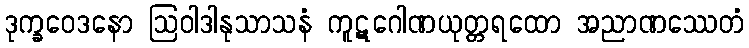
ဒုက္ခဝေဒနော ဩဝါဒါနုသာသနံ ကူဋဂေါဏယုတ္တရထော အညာဏဿေတံ